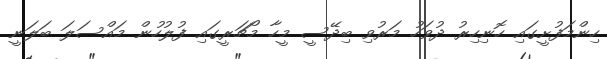
ހިންމަފުށީގައި ހޮނިހިރު ދުވަހު މަރުވި ބިދޭސީ މީހާ މޯޗަރީގައި ފުލުހުން މައްސަލަ ބަލަނީ